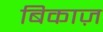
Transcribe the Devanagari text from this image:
बिकाज़